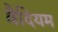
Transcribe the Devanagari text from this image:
वैदियम